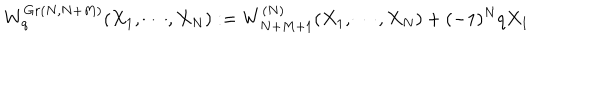
W _ { q } ^ { G r ( N , N + M ) } ( X _ { 1 } , \cdots , X _ { N } ) : = W _ { N + M + 1 } ^ { ( N ) } ( X _ { 1 } , \cdots , X _ { N } ) + ( - 1 ) ^ { N } q X _ { 1 }